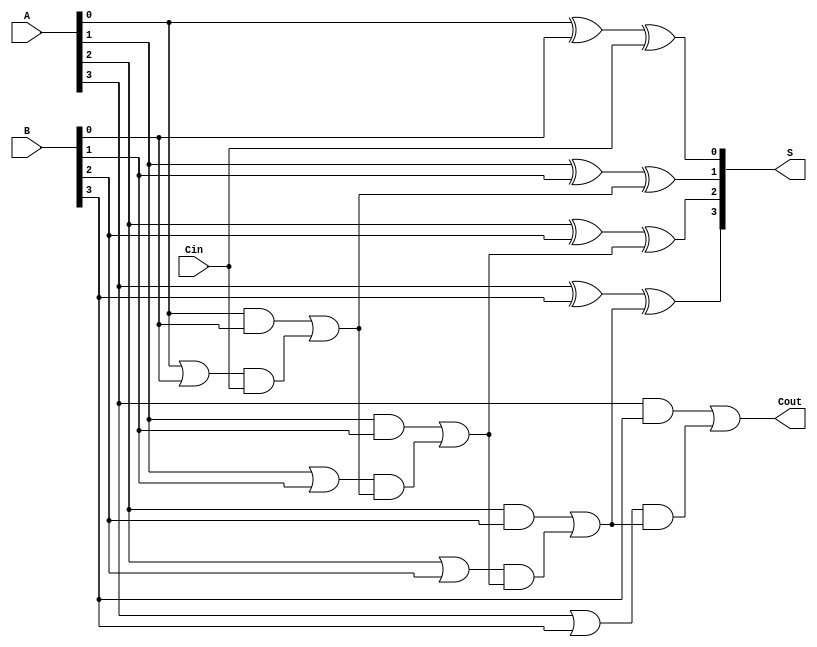
module VariableLatencyCLA #(parameter N = 4) (
    input  wire [N-1:0] A,      // First n-bit input
    input  wire [N-1:0] B,      // Second n-bit input
    input  wire Cin,             // Carry-in
    output wire [N-1:0] S,       // n-bit sum output
    output wire Cout             // Carry-out
);

    // Generate and Propagate signals
    wire [N-1:0] G; // Generate signals
    wire [N-1:0] P; // Propagate signals
    wire [N:0] C;   // Carry signals

    // Generate and Propagate calculations
    genvar i;
    generate
        for (i = 0; i < N; i = i + 1) begin : gen_prop
            assign G[i] = A[i] & B[i]; // Generate
            assign P[i] = A[i] | B[i]; // Propagate
        end
    endgenerate

    // Carry calculations
    assign C[0] = Cin; // Initial carry-in
    generate
        for (i = 0; i < N; i = i + 1) begin : carry_calc
            assign C[i + 1] = G[i] | (P[i] & C[i]); // Carry-out
        end
    endgenerate

    // Sum calculations
    generate
        for (i = 0; i < N; i = i + 1) begin : sum_calc
            assign S[i] = A[i] ^ B[i] ^ C[i]; // Sum
        end
    endgenerate

    // Carry-out
    assign Cout = C[N];

endmodule